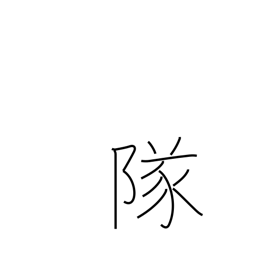
Meaning: company